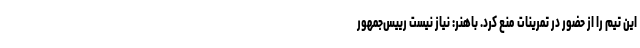
این تیم را از حضور در تمرینات منع کرد. باهنر: نیاز نیست رییس‌جمهور